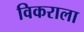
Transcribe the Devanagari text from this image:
विकराला